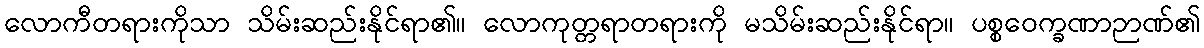
လောကီတရားကိုသာ သိမ်းဆည်းနိုင်ရာ၏။ လောကုတ္တရာတရားကို မသိမ်းဆည်းနိုင်ရာ။ ပစ္စဝေက္ခဏာဉာဏ်၏